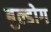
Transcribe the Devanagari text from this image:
बुल्डोग